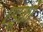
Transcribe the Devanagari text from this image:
एडूकों